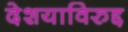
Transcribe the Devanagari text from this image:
देशयाविरुद्द